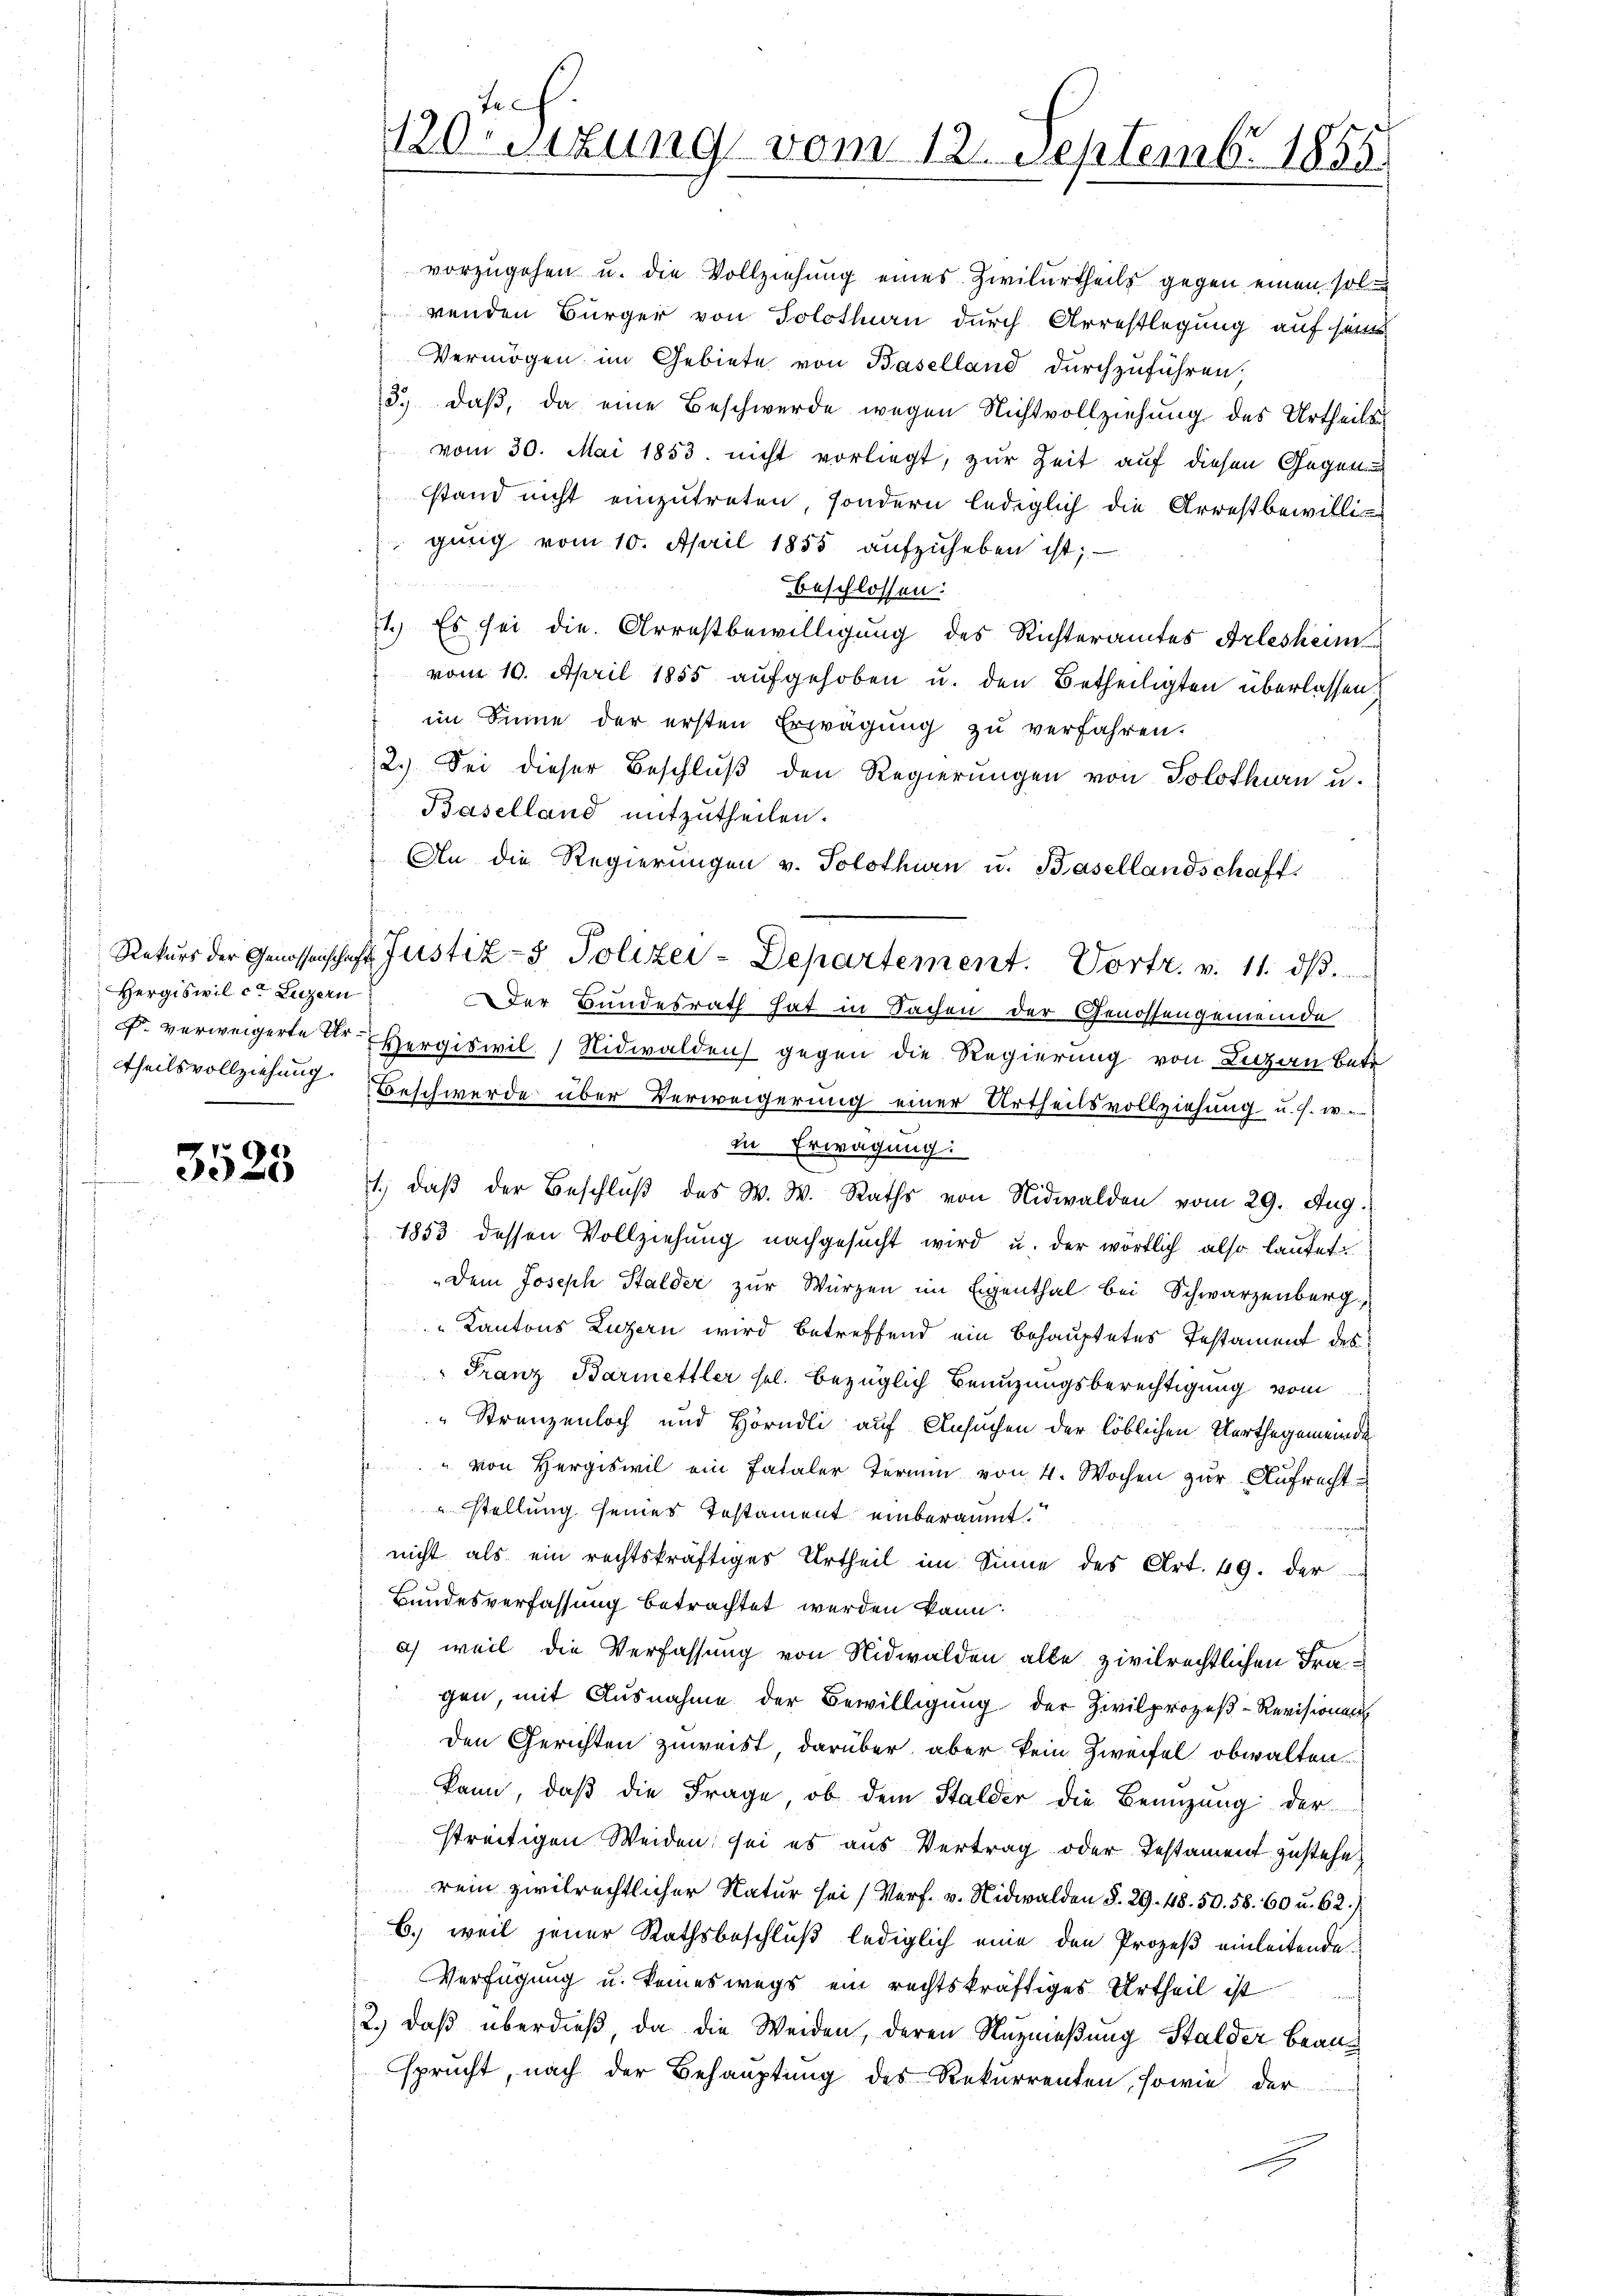
Hergiswil et Luzern

f
3025

gŭng vom 10. April 1855 aufzuheben ist;
beschlossen:
1.) Es sei die Arrestbewilligung des Richteramtes Arlesheim
vom 10. April 1855 aufgehoben u. den Betheiligten überlassen,
im Sinne der ersten Erprägung zu verfahren.
2.) Sei dieser Beschluß den Regierungen von Solothurn u.
Baselland mitzutheilen.
An die Regierungen v. Solothurn u. Basellandschaft
Rekurs der Genossenschaft Justiz- & Polizei-Departement.       Portr.
Der Bundesrath hat in Sachen der Genossengemeinde
. verweigerte Dr. Hergiswil, Nidwalden gegen die Regierung von Luzern betr
ttheilsvollziehung Beschwerde über Verweigerung einer Urtheilsvollziehung u. s. w.
in Erwägung:
h
1., daß der Beschluß des W. W. Raths von Nidwalden vom 29. Aug.
1853 dessen Vollziehung nachgesucht wird u. der wörtlich also lautet.
Dem Joseph Stalder zur Würzen im Eigenthal bei Schwarzenberg,
Kantons Luzern wird betreffend ein Behauptetes Testament des
Franz Barmettler sel. bezüglich Benuzungsberechtigung vom
Strenzenloch und Hörndli auf Ansuchen der löblichen Verthegemeinde
" von Hergiswil ein fataler Termin von 4. Wochen zur Aufrecht
¬
stellung seines Testament einberaumt.
nicht als ein rechtskräftiges Urtheil im Sinne des Art. 49. der
Bundesverfassung betrachtet werden kann.
a) weil die Verfassung von Nidwalden alle zivilrechtlichen Fragen, mit Ausnahme der Bewilligung der Zivilprozeβ-Revisionen
den Gerichten zuweist, darüber aber kein Zweifel obwalten.
kann, daß die Frage, ob dem Stalder die Benuzung der
streitigen Weiden sei es aus Vertrag oder Testament zustehe.
rein zivilrechtlicher Natur sei (Vorf. v. Nidwalden §. 29. 48. 50. 58. 60 u. 62.)
6.) weil jener Rathsbeschluß lediglich eine den Prozeß einleitende
Verfügung u. keineswegs ein rechtskräftiges Urtheil ist
2.) Daß überdieß, da die Weiden, deren Nuznießung Stalder Beausprucht, nach der Behauptung des Rekurrenten, sowie der
E

f
120sizung vom 12. Septemb. 1855.

vorzugehen u. die Vollziehung eines Zivilurtheils gegen einen solrenden Bürger von Solothurn durch Arrestlegung auf seine
Vermögen im Gebiete von Baselland durchzuführen.
3.) daß, da eine Beschwerde wegen Nichtvollziehung des Urtheilen
" vom 30. Mai 1853. nicht vorliegt, zur Zeit auf diesen Gegen
stand nicht einzutreten, sondern lediglich die Arrestbewilli¬